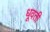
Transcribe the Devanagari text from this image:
धूवती